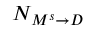
N _ { M ^ { s } \rightarrow D }